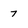
Character: 7